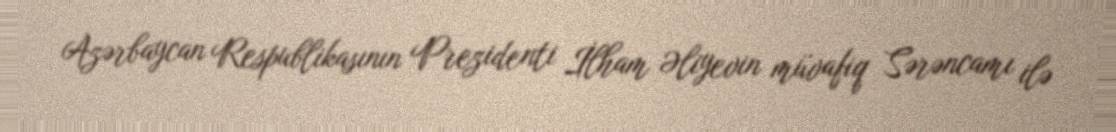
Azərbaycan Respublikasının Prezidenti İlham Əliyevin müvafiq Sərəncamı ilə